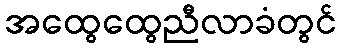
အထွေထွေညီလာခံတွင်